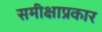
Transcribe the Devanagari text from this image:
समीक्षाप्रकार